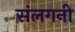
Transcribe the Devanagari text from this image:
संलगनी